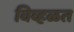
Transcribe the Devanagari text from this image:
विव्हळत